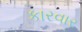
કારવાર